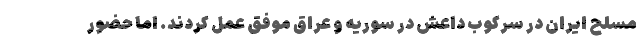
مسلح ایران در سرکوب داعش در سوریه و عراق موفق عمل کردند. اما حضور